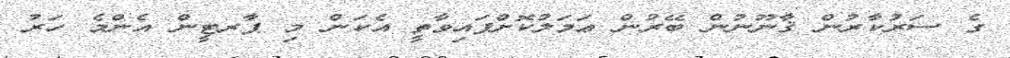
ގެ ސަރުކާރުން ޤާނޫނުން ބޭރުން ޢަމަލުކޮށްފައިވާތީ އެކަން މި ޕާރޓީން އެންމެ ހަރު